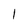
Character: l